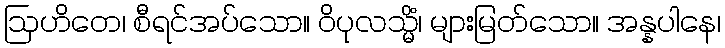
ဩဟိတေ၊ စီရင်အပ်သော။ ဝိပုလသ္မိံ၊ များမြတ်သော။ အန္နပါနေ၊